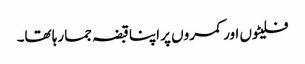
فلیٹوں اور کمروں پر اپنا قبضہ جما رہا تھا۔